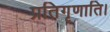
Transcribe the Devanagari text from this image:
प्रतिगृणाति।